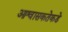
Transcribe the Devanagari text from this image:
आश्वासकतेकडे